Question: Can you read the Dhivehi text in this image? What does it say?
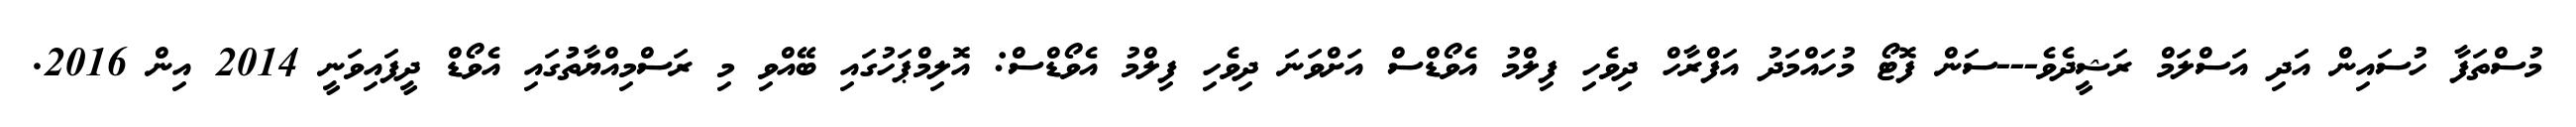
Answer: މުސްތަފާ ހުސައިން އަދި އަސްލަމް ރަޝީދެވެ---ސަން ފޮޓޯ މުހައްމަދު އަފްރާހް ދިވެހި ފިލްމު އެވޯޑްސް އަށްވަނަ ދިވެހި ފިލްމު އެވޯޑްސް: އޮލިމްޕަހުގައި ބޭއްވި މި ރަސްމިއްޔާތުުގައި އެވޯޑް ދީފައިވަނީ 2014 އިން 2016.